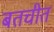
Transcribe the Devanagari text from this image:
बतचीत